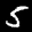
Label: 5